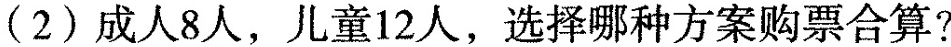
(2)成人8人，儿童12人，选择哪种方案购票合算?